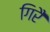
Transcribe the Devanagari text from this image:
गिरै